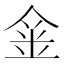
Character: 𨥄